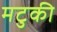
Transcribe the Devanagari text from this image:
मटुकी